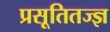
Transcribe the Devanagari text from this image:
प्रसूतितज्ज्ञ